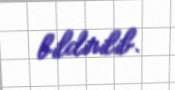
bildirilib.